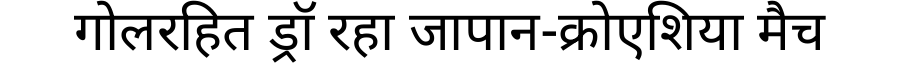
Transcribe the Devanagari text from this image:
गोलरहित ड्रॉ रहा जापान-क्रोएशिया मैच